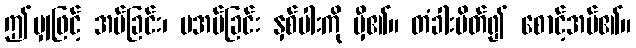
ဤမျှဖြင့် အပ်ခြင်း၊ မအပ်ခြင်း နှစ်ပါးကို မှီ၏။ တံခါးပိတ်၍ စောင့်အပ်၏။